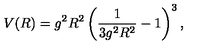
V ( R ) = g ^ { 2 } R ^ { 2 } \left( \frac { 1 } { 3 g ^ { 2 } R ^ { 2 } } - 1 \right) ^ { 3 } ,